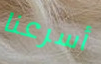
أسرعنا